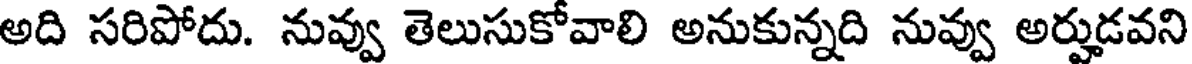
అది సరిపోదు. నువ్వు తెలుసుకోవాలి అనుకున్నది నువ్వు అర్హుడవని